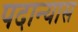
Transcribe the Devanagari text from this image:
पदान्यास